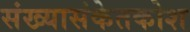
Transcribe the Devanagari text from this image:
संख्यासंकेतकोश